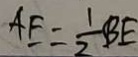
A E = \frac { 1 } { 2 } B E